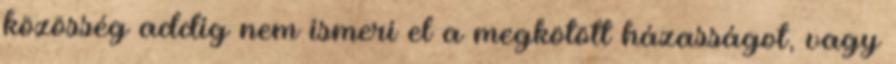
közösség addig nem ismeri el a megkötött házasságot, vagy